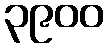
၃၉၀၀